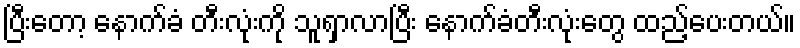
ပြီးတော့ နောက်ခံ တီးလုံးကို သူရှာလာပြီး နောက်ခံတီးလုံးတွေ ထည့်ပေးတယ်။